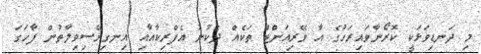
މި ދަނޑިވަޅަކީ ކޮރޯނާވައިރަހުގެ އާ ވޭރިއަންޓް ތަކެއް ދެކުނު އެފްރިކާއާއި އިނގިރޭސިވިލާތުން ފާހަގަ